Papers set at the Examination for Leaving Certificates, 1892
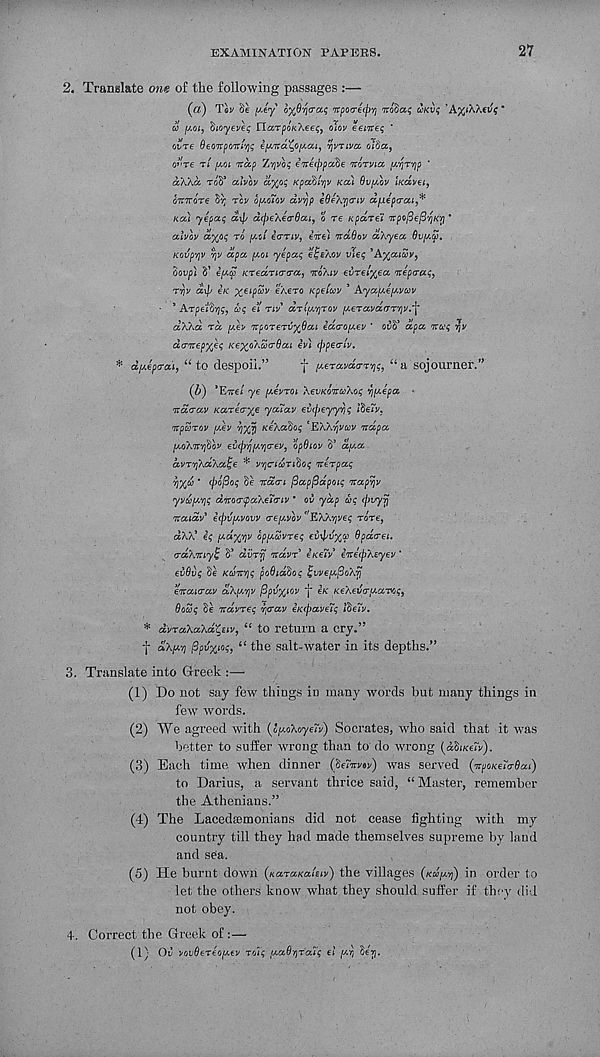
EXAMINATION PAPERS.
27
2. Translate one of the following passages :—
(«) Toy
jW-ey oyfi'ria'at; TtpocrecpYj itodat; UKVI; '
*
a fxoi, ^loyeveq riarpoKXee^ olov eenreq ’
ovre Oeonponi'/jt; if^'ita^oy.ai, rjVTiva oida 9
oi'Te T/ fioi nap Zvjvbq ene^pade norvia pyrYip '
aXXa rod* alvbv cl%oq Kpadlyv Kai Ov^bv iKcovei,
omrore S'); rcy bpoiov dv/jp e6e\ri<Tiv dfj.cpcrai^
Kcci yepaq dxp dcpeXecrOai, o re Kpdrei npo^e^Kri *
alvbv cc%oq rb y.ol ecmv, eVe) ndOov aXyea Ovptjj.
Kovp'/jv v)v apa y.01 yepaq eijeXov vteq ’A%a<5y,
dovp) S’ i[Aa KTedrio-a-a, noXiv evrel^ea neparaq,
rr/v dip eK x €l p® v zXero Kpeiwv * Ayap^efAvuv
■ * Arpeidrjq, wq el nv drl^Yjrov f^eravdryr , /)v.'\‘
aXkd rd y.ev nporervxOai id<roy.ev * ovd* dpa nuq rjv
da-nepyjeq
ev\ (pperlv.
* dfAepa-ai, “ to despoil.”
f y.eravda-rvjq, u a sojourner.”
(Z>) * Eire l ye pevroi XevKonuXoq Vj^epa ■
ndcrav Karerry^ youav ev(peyy^q Ideiv.
nparov (dev
KeXadoq ‘EXX^ywy ndpa
y,Q\n7)dbv ei>(pq(t.Yi<Tev, opQiov S J dpa
dvrvjXdXa^e * v^ciundoq nerpaq
yX® *
Se ndo-i ftapfidpoiq napijv
yvu(^'f]q ditocr(pa\e7<Tiv * ov yap aq <pvyfj
iraidv* e(pv(AV0VV o-ey.vbv '’EKkviveq rare,
dKd eq (^dyyjv bp^uvreq einpvyo) Qpa&ei.
<rd\iriy% S’ dvry it dvr* eKeiv* eitefpXeyev ‘
evQvq de KcoitYiq poOiddoq ^vve^oXi)
eitaiarav aX^yv /Spvyiov *j~ eK KeXeva-y.avoq,
Oocoq Se itdvreq ajcray iKepavetq Idetv.
* dvraXaXd^eiv, “ to return a cry.”
f dx^f] Ppvyioq, 6i the salt-water in its depths.”
3. Translate into Greek :—
(1) Do not say few things in many words but many things in
few words.
(2) We agreed with (c,[AoXoye7v) Socrates, who said that it was
better to suffer wrong than to do wrong (ddiKe7v).
(3) Each time when dinner (de7itvov) was served (irpoKe7o-dai)
to Darius, a servant thrice said, “ Master, remember
the Athenians.”
(4) The Lacedaemonians did not cease fighting with my
country till they had made themselves supreme by land
and sea.
(5) He burnt down (KaraKaleiv) the villages (KU^VJ) in order to
let the others know what they should, suffer if they did
not obey.
4. Correct the Greek of :—
(1) Ou vovOereopev roTq (A.aOrjraTq el //.vj derj.